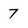
Character: 7